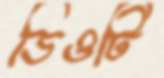
ডিওটি